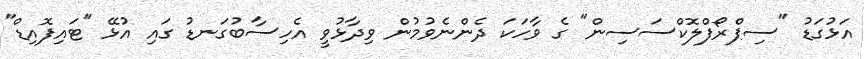
އަޅުގަޑު "ސިޕްރޯފްލޮކްސަސިން" ގެ ވާހަކަ ދެންނެވުމުން ވިދާޅުވީ އެހިސާބުގަނޑު ގައި އުޅޭ "ޓައިފޮއިޑް"